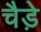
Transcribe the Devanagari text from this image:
चैडे़